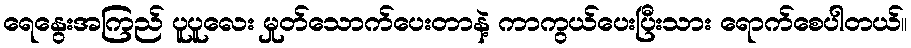
ရေနွေးအကြည် ပူပူလေး မှုတ်သောက်ပေးတာနဲ့ ကာကွယ်ပေးပြီးသား ရောက်စေပါတယ်။